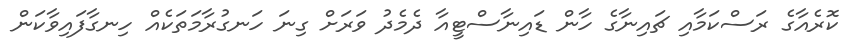
ކޮރެއާގެ ރަސްކަމާއި ޗައިނާގެ ހާން ޑައިނާސްޓީއާ ދެމެދު ވަރަށް ގިނަ ހަނގުރާމަތަކެއް ހިނގާފައިވާކަން